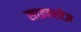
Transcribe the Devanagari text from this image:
साइबररेज़